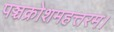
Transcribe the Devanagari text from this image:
पञ्चक्रोशमहत्तरम।